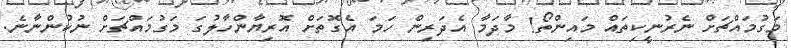
މަގުމައްޗަށް ނެރުނީކިތައް މައިިިންތޯ! މާދަމާ އެދަރިން ހަމަ އެގޮތަށް އޮރިޔާންހާލުގަ މަގުމައްޗަށް ނުކުންނާނެ.